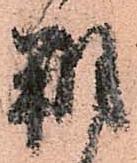
朔